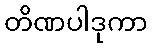
တိဏပါဒုကာ